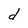
Character: d